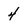
Character: 4